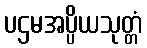
ပဌမအပ္ပိယသုတ္တံ